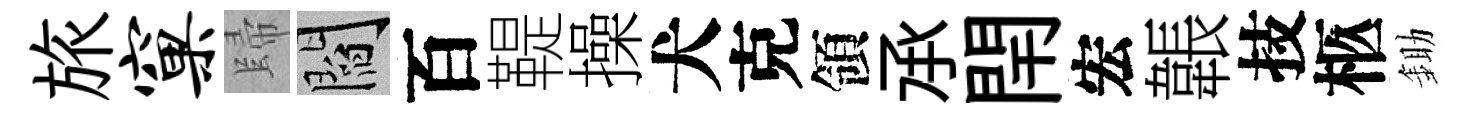
旅窠歸閻百鞮操犬克領𠄘閈宏韔技柩鋤